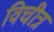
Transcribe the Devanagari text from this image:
विचीत्र